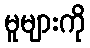
မူများကို